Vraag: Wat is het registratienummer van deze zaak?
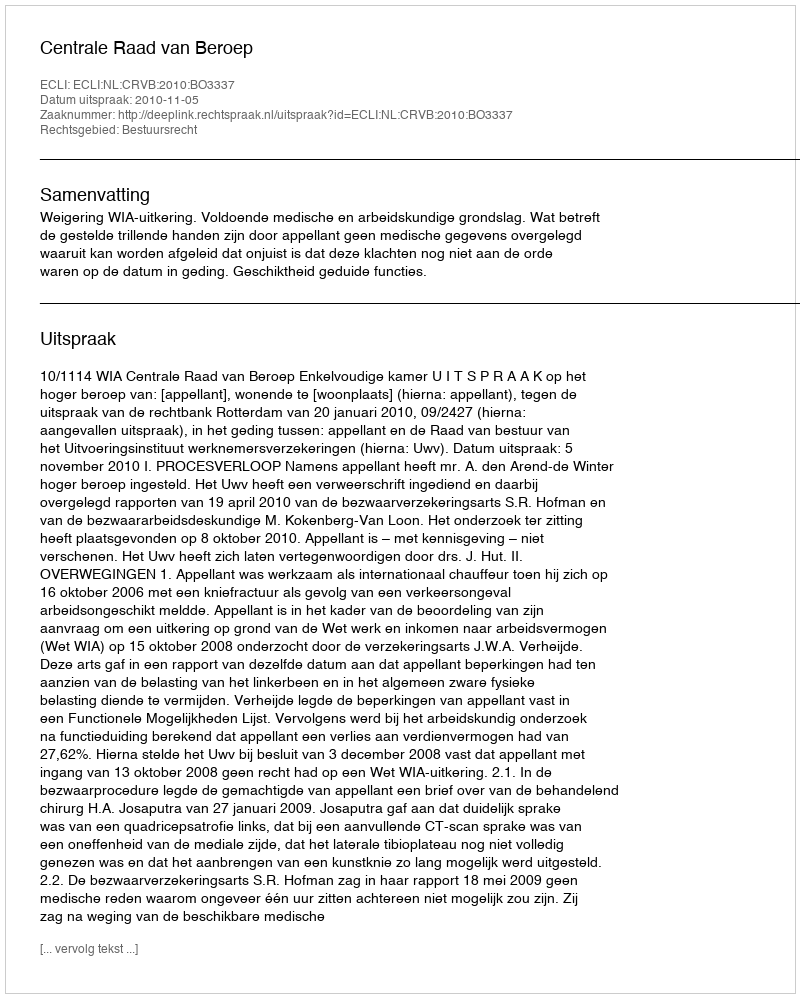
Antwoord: http://deeplink.rechtspraak.nl/uitspraak?id=ECLI:NL:CRVB:2010:BO3337